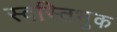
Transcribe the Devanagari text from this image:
स्वस्तिभुक